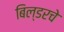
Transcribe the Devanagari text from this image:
बिल्डरचे